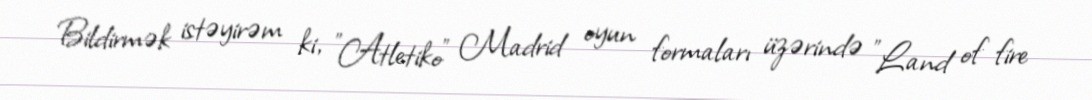
Bildirmək istəyirəm ki, "Atletiko" Madrid oyun formaları üzərində "Land of fire